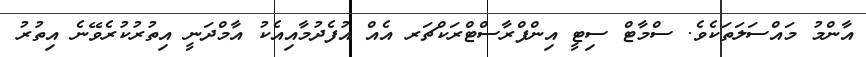
އާންމު މައްސަލަތަކެވެ. ސްމާޓް ސިޓީ އިންފްރާސްޓްރަކްޗަރ އެއް އުފެދުމާއިއެކު އާމްދަނީ އިތުރުކުރެވޭނެ އިތުރު